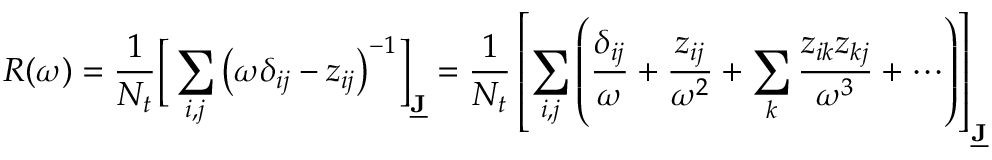
R ( \omega ) = \frac { 1 } { N _ { t } } \Big [ \sum _ { i , j } \big ( \omega \delta _ { i j } - z _ { i j } \big ) ^ { - 1 } \Big ] _ { \underline { { \mathbf { J } } } } = \frac { 1 } { N _ { t } } \left[ \sum _ { i , j } \left( \frac { \delta _ { i j } } { \omega } + \frac { z _ { i j } } { \omega ^ { 2 } } + \sum _ { k } \frac { z _ { i k } z _ { k j } } { \omega ^ { 3 } } + \cdots \right) \right] _ { \underline { { \mathbf { J } } } }